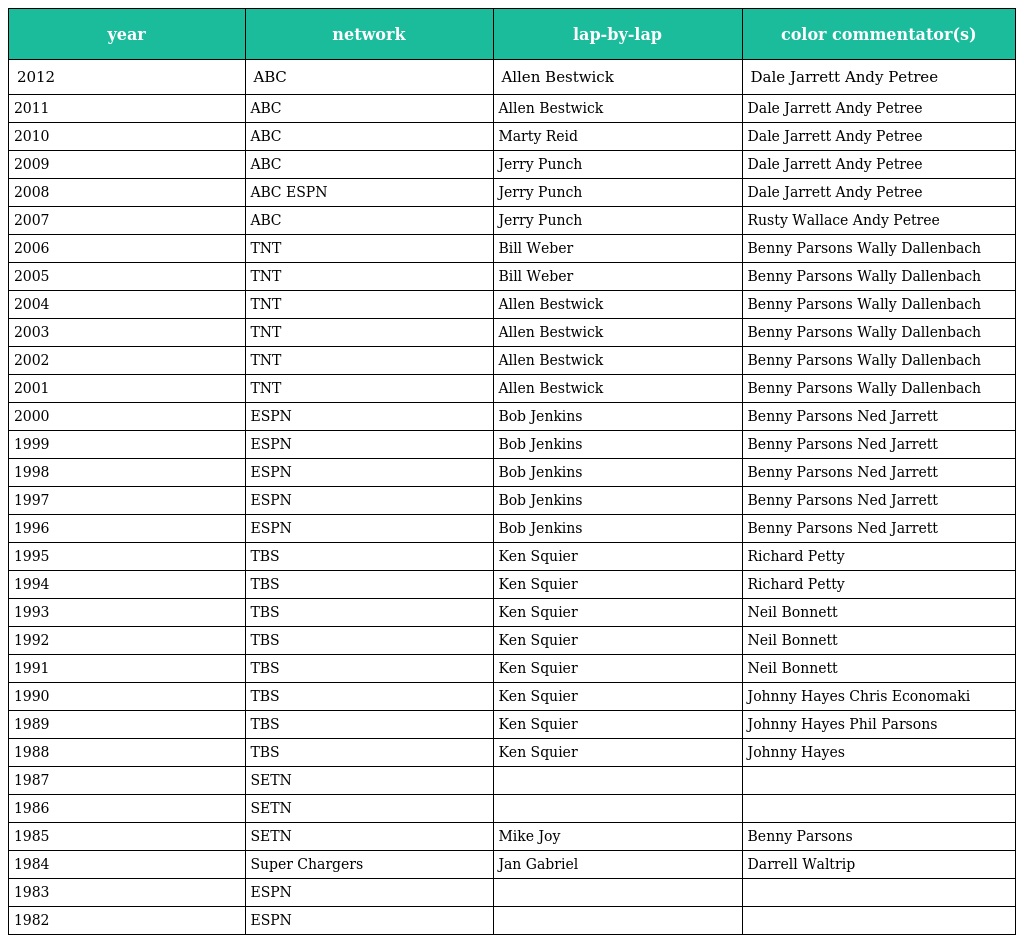
| year | network | lap-by-lap | color commentator(s) |
 | --- | --- | --- | --- |
 | 2012 | ABC | Allen Bestwick | Dale Jarrett Andy Petree |
 | 2011 | ABC | Allen Bestwick | Dale Jarrett Andy Petree |
 | 2010 | ABC | Marty Reid | Dale Jarrett Andy Petree |
 | 2009 | ABC | Jerry Punch | Dale Jarrett Andy Petree |
 | 2008 | ABC ESPN | Jerry Punch | Dale Jarrett Andy Petree |
 | 2007 | ABC | Jerry Punch | Rusty Wallace Andy Petree |
 | 2006 | TNT | Bill Weber | Benny Parsons Wally Dallenbach |
 | 2005 | TNT | Bill Weber | Benny Parsons Wally Dallenbach |
 | 2004 | TNT | Allen Bestwick | Benny Parsons Wally Dallenbach |
 | 2003 | TNT | Allen Bestwick | Benny Parsons Wally Dallenbach |
 | 2002 | TNT | Allen Bestwick | Benny Parsons Wally Dallenbach |
 | 2001 | TNT | Allen Bestwick | Benny Parsons Wally Dallenbach |
 | 2000 | ESPN | Bob Jenkins | Benny Parsons Ned Jarrett |
 | 1999 | ESPN | Bob Jenkins | Benny Parsons Ned Jarrett |
 | 1998 | ESPN | Bob Jenkins | Benny Parsons Ned Jarrett |
 | 1997 | ESPN | Bob Jenkins | Benny Parsons Ned Jarrett |
 | 1996 | ESPN | Bob Jenkins | Benny Parsons Ned Jarrett |
 | 1995 | TBS | Ken Squier | Richard Petty |
 | 1994 | TBS | Ken Squier | Richard Petty |
 | 1993 | TBS | Ken Squier | Neil Bonnett |
 | 1992 | TBS | Ken Squier | Neil Bonnett |
 | 1991 | TBS | Ken Squier | Neil Bonnett |
 | 1990 | TBS | Ken Squier | Johnny Hayes Chris Economaki |
 | 1989 | TBS | Ken Squier | Johnny Hayes Phil Parsons |
 | 1988 | TBS | Ken Squier | Johnny Hayes |
 | 1987 | SETN |  |  |
 | 1986 | SETN |  |  |
 | 1985 | SETN | Mike Joy | Benny Parsons |
 | 1984 | Super Chargers | Jan Gabriel | Darrell Waltrip |
 | 1983 | ESPN |  |  |
 | 1982 | ESPN |  |  |